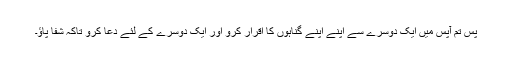
پَس تُم آپس میں ایک دُوسرے سے اپنے اپنے گُناہوں کا اِقرار کرو اور ایک دُوسرے کے لِئے دُعا کرو تاکہ شِفا پاؤ۔